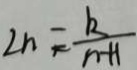
2 n = \frac { k } { n - H }